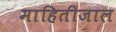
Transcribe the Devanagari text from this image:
माहितीजाल